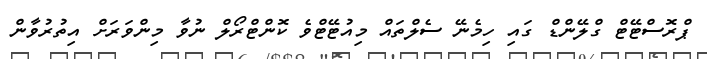
ޕްރޮސްޓޭޓް ގްލޭންޑް ގައި ހިމެނޭ ސެލްތައް މިއުޓޭޓްވެ ކޮންޓްރޯލް ނުވާ މިންވަރަށް އިތުރުވާން